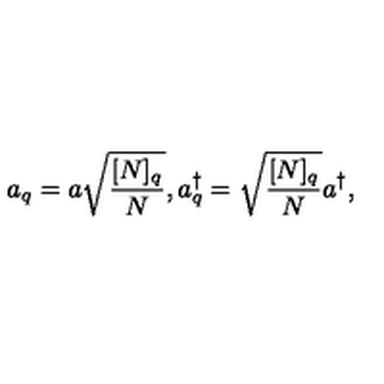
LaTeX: a _ { q } = a \sqrt { \frac { [ N ] _ { q } } { N } } , a _ { q } ^ { \dagger } = \sqrt { \frac { [ N ] _ { q } } { N } } a ^ { \dagger } ,